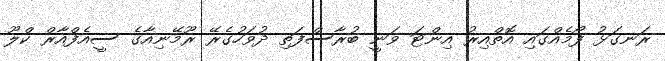
ރަނގަޅު ފޯމެއްގައި އޮތްއިރު އިންޓަ ވަނީ ބުރާސްފަތި ދުވަހުގެރޭ ރޫމޭނިއާގެ ސީއެފްއާރް ކްލޫ